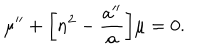
LaTeX: \mu ^ { \prime \prime } + \biggl [ n ^ { 2 } - \frac { a ^ { \prime \prime } } { a } \biggr ] \mu = 0 .